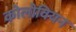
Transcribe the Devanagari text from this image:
कोलोवियन